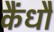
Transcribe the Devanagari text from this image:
कैंधौं